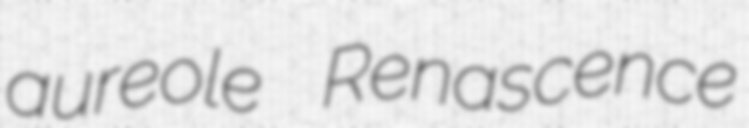
aureole Renascence